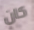
كان